Vaccine operations Central Provinces & Berar 1912-1920 - 1912-1920
Year: 1912
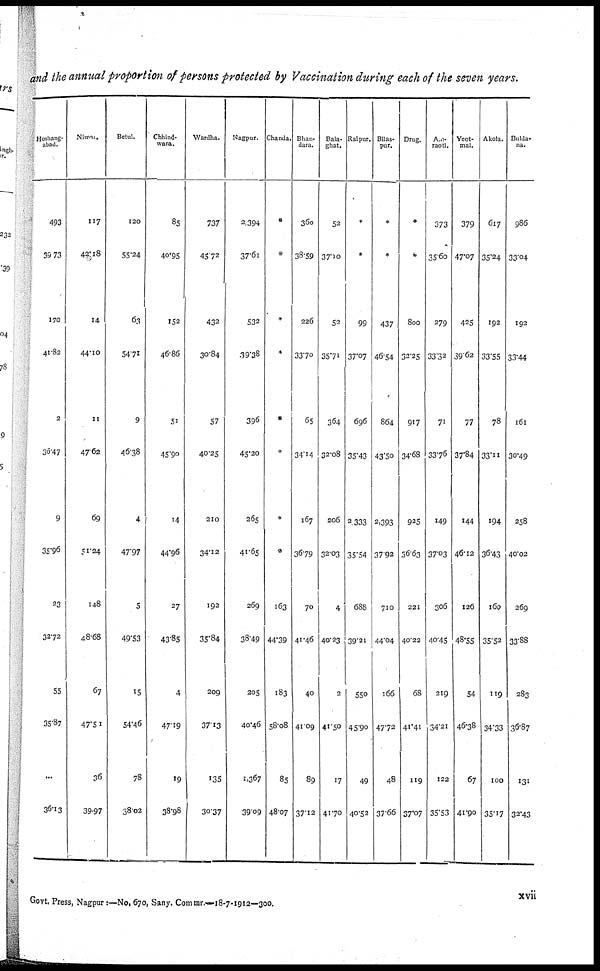
and the annual proportion of persons protected by Vaccination during each of the seven years.
Hoshang¬
abad.
493
39.73
170
41.82
2
36.47
9
35.96
23
32.72
55
35.87
...
36.13
Nimar.
117
42.18
14
44.10
11
47.62
69
51.24
148
48.68
67
47.51
36
39.97
Betul.
120
55.24
63
54.71
9
46.38
4
47.97
5
49.53
15
54.46
78
38.02
Chhind¬
wara.
85
40.95
152
46.86
51
45.90
14
44.96
27
43.85
4
47.19
19
38.98
Wardha.
737
45.72
432
30.84
57
40.25
210
34.12
192
35.84
209
37.13
135
30.37
Nagpur.
2,394
37.61
532
39.38
396
45.20
265
41.65
269
38.49
205
40.46
1,367
39.09
Chanda.
*
*
*
*
*
*
*
*
163
44.39
183
58.08
85
48.07
Bhan¬
dara.
360
38.59
226
33.70
65
34.14
167
36.79
70
41.46
40
41.09
89
37.12
Bala¬
ghat.
52
37.10
52
35.71
364
32.08
206
32.03
4
40.23
2
41.50
17
41.70
Raipur.
*
*
99
37.07
696
35.43
2,333
35.54
688
39.21
550
45.90
49
40.52
Bilas¬
pur.
*
*
437
46.54
864
43.50
2,393
37.92
710
44.04
166
47.72
48
37.66
Drag.
*
*
800
32.25
917
34.68
925
36.63
221
40.22
68
41.41
119
37.07
Am¬
raoti.
373
35.60
279
33.32
71
33.76
149
37.03
306
40.45
219
34.21
122
35.53
Yeot¬
mal.
379
47.07
425
39.62
77
37.84
144
46.12
126
48.55
54
46.38
67
41.90
Akola.
617
35.24
192
33.55
78
33.11
194
36.43
160
35.52
119
34.33
100
35.17
Bulda¬
na.
986
33.04
192
33.44
161
30.49
258
40.02
269
33.88
283
36.87
131
32.43
xvii
Govt. Press, Nagpur:—No. 670, Sany. Commr.—18-7-1912—300.